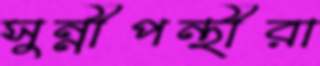
সুন্নীপন্থীরা